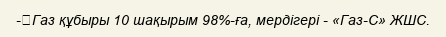
-	Газ құбыры 10 шақырым 98%-ға, мердігері - «Газ-С» ЖШС.